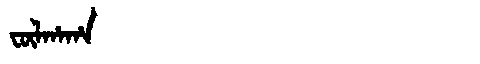
Manchu: ᡶᡡᠯᡥᠠᡥᠠ
Romanization: FŪLHAHA